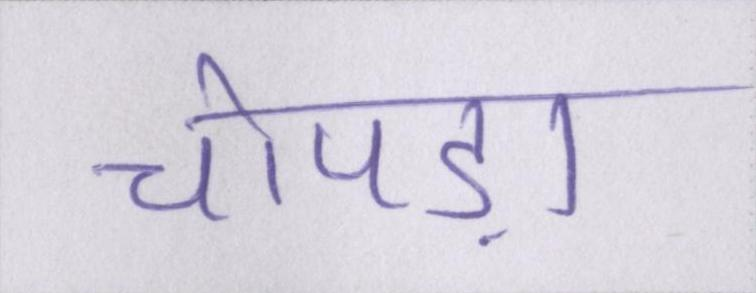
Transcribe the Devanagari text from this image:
चोपड़ा